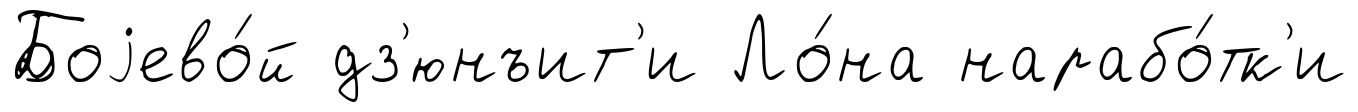
Боjево́й дз'юнъит'и Ло́на нарабо́тк'и